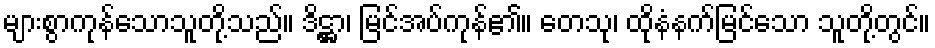
များစွာကုန်သောသူတို့သည်။ ဒိဋ္ဌာ၊ မြင်အပ်ကုန်၏။ တေသု၊ ထိုနံနက်မြင်သော သူတို့တွင်။